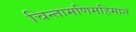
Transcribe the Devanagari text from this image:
चिन्तामणिमहिमानं